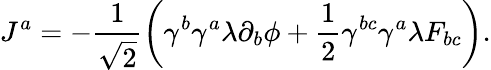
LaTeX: J^{a}=-\frac{1}{\sqrt{2}}\left(\gamma^{b}\gamma^{a}\lambda\partial_{b}\phi+\frac{1}{2}\gamma^{bc}\gamma^{a}\lambda F_{bc}\right).